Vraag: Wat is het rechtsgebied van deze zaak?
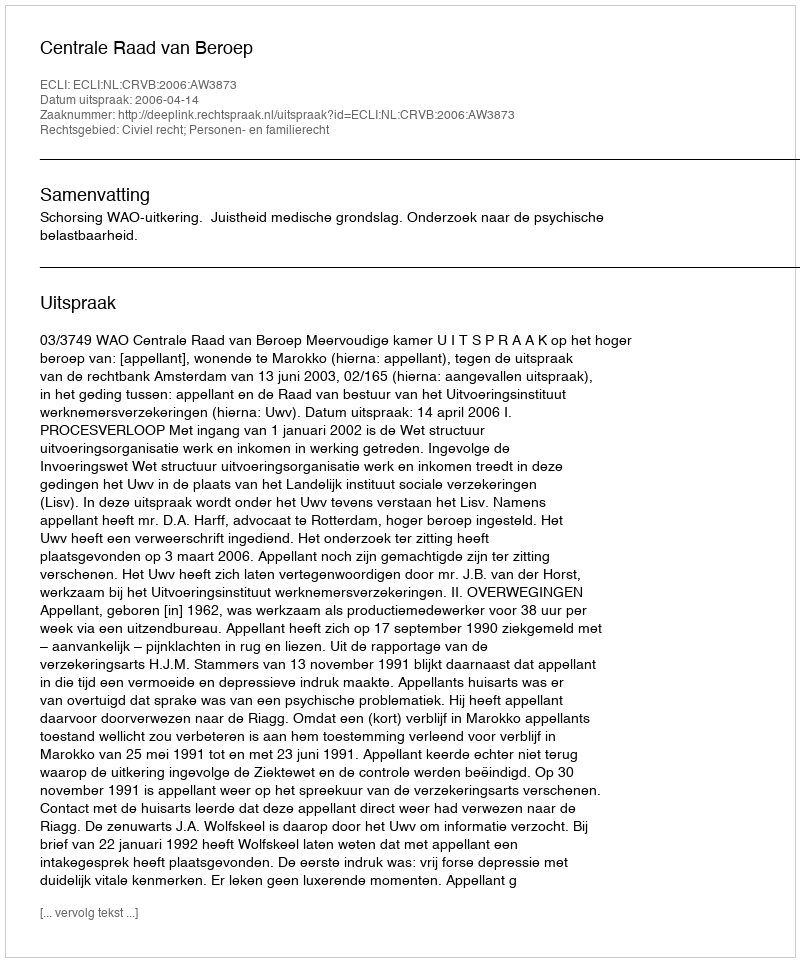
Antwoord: Civiel recht; Personen- en familierecht